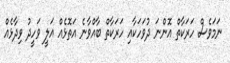
ނަމަވެސް ހަރަކާތް އޮންނަ ދުވަހަކާއި ހަރަކާތް ބާއްވާނެ އަތޮޅެއް އަލީ ވަހީދު ވިދާޅެއް